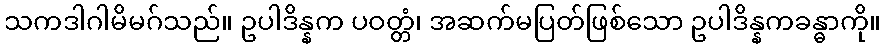
သကဒါဂါမိမဂ်သည်။ ဥပါဒိန္နက ပဝတ္တံ၊ အဆက်မပြတ်ဖြစ်သော ဥပါဒိန္နကခန္ဓာကို။